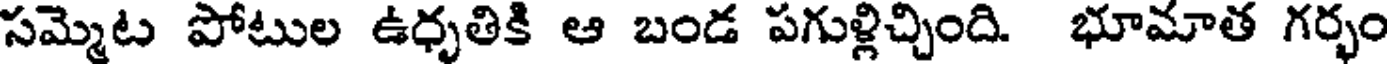
సమ్మెట పోటుల ఉధృతికి ఆ బండ పగుళ్లిచ్చింది. భూమాత గర్భం